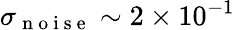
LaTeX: \sigma_{\mathrm{~n~o~i~s~e~}}\sim 2\times 10^{-1}